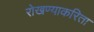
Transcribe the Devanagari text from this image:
रोखण्याकरिता